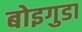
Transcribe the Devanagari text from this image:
बोइगुडा